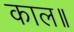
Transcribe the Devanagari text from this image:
काल॥